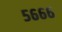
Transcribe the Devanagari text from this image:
५६६६